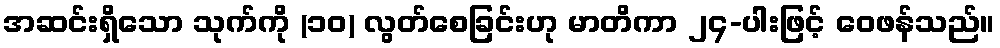
အဆင်းရှိသော သုက်ကို (၁၀) လွတ်စေခြင်းဟု မာတိကာ ၂၄-ပါးဖြင့် ဝေဖန်သည်။